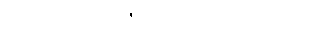
ဝါ၊ ဖြင့်မူလည်း။ ဇေတုံ၊ ငှါ။ န သက္ကာ၊ ကောင်း။]